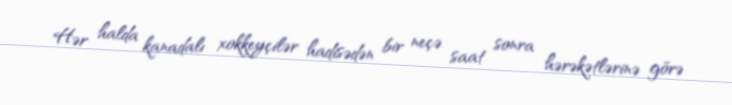
Hər halda kanadalı xokkeyçilər hadisədən bir neçə saat sonra hərəkətlərinə görə